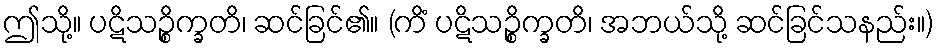
ဤသို့။ ပဋိသဉ္စိက္ခတိ၊ ဆင်ခြင်၏။ (ကိံ ပဋိသဉ္စိက္ခတိ၊ အဘယ်သို့ ဆင်ခြင်သနည်း။)